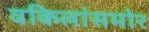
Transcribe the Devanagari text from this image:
वकिलांसमोर